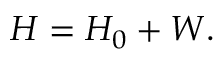
\begin{array} { r } { H = H _ { 0 } + W . } \end{array}